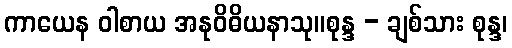
ကာယေန ဝါစာယ အနုဝိဓိယနာသု။စုန္ဒ - ချစ်သား စုန္ဒ၊